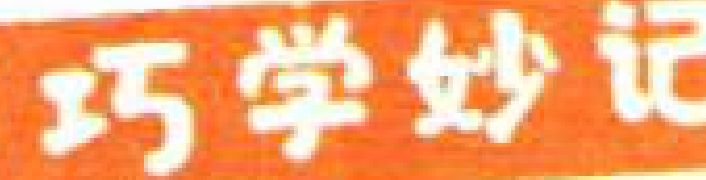
巧学妙记